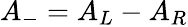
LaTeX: A_{-}=A_{L}-A_{R}